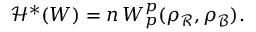
{ \mathcal H } ^ { * } ( W ) = n \, W _ { p } ^ { p } ( \rho _ { \mathcal R } , \rho _ { \mathcal B } ) .